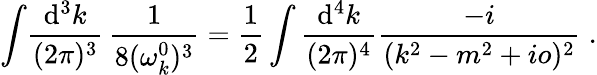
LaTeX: \int\! \frac{\mathrm{d^{3}}k}{(2\pi)^{3}}\, \frac{1}{8(\omega_{k}^{0})^{3}}=\frac{1}{2}\int\frac{\mathrm{d}^{4}k}{(2\pi)^{4}}\frac{-i}{(k^{2}-m^{2}+io)^{2}}\; .